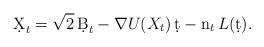
LaTeX: \begin{align*} \d X_t=\sqrt{2}\, \d B_t-\nabla U(X_t)\,\d t -\mathrm{n}_t \, L (\d t).\end{align*}